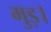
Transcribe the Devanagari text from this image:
मुड़।